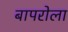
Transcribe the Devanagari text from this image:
बापरोला